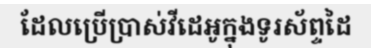
ដែលប្រើប្រាស់វីដេអូក្នុងទូរស័ព្ទដៃ